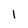
Character: l